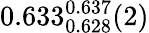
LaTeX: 0.633_{0.628}^{0.637}(2)